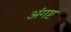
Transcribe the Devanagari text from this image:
अंगष्ट